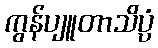
ကွန်ပျူတာသိပ္ပံ